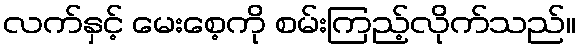
လက်နှင့် မေးစေ့ကို စမ်းကြည့်လိုက်သည်။